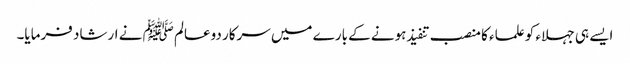
ایسے ہی جہلاء کو علماء کا منصب تنفیذ ہونے کے بارے میں سرکار دوعالم ﷺ نے ارشاد فرمایا۔